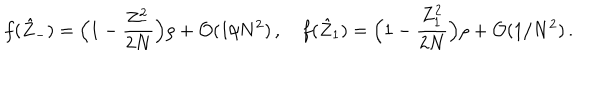
f ( \hat { Z } _ { - } ) = \Bigl ( 1 - { \frac { Z _ { - } ^ { 2 } } { 2 N } } \Bigr ) \rho + { \cal O } ( 1 / N ^ { 2 } ) \, , \quad f ( \hat { Z } _ { 1 } ) = \Bigl ( 1 - { \frac { Z _ { 1 } ^ { 2 } } { 2 N } } \Bigr ) \rho + { \cal O } ( 1 / N ^ { 2 } ) \, .